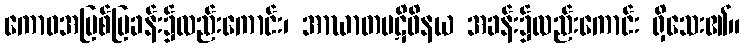
ကောဓအပြစ်ပြခန်း၌လည်းကောင်း၊ အာဃာတပဋိဝိနယ အခန်း၌လည်းကောင်း ရှိသေး၏။